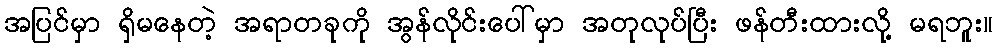
အပြင်မှာ ရှိမနေတဲ့ အရာတခုကို အွန်လိုင်းပေါ်မှာ အတုလုပ်ပြီး ဖန်တီးထားလို့ မရဘူး။